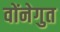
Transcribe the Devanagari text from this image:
वोंनेगुत